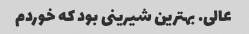
عالی. بهترین شیرینی بود که خوردم